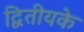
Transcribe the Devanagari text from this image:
द्वितीयके